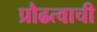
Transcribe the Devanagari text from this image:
प्रौढत्वाची